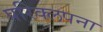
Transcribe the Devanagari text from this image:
परिक्लपना